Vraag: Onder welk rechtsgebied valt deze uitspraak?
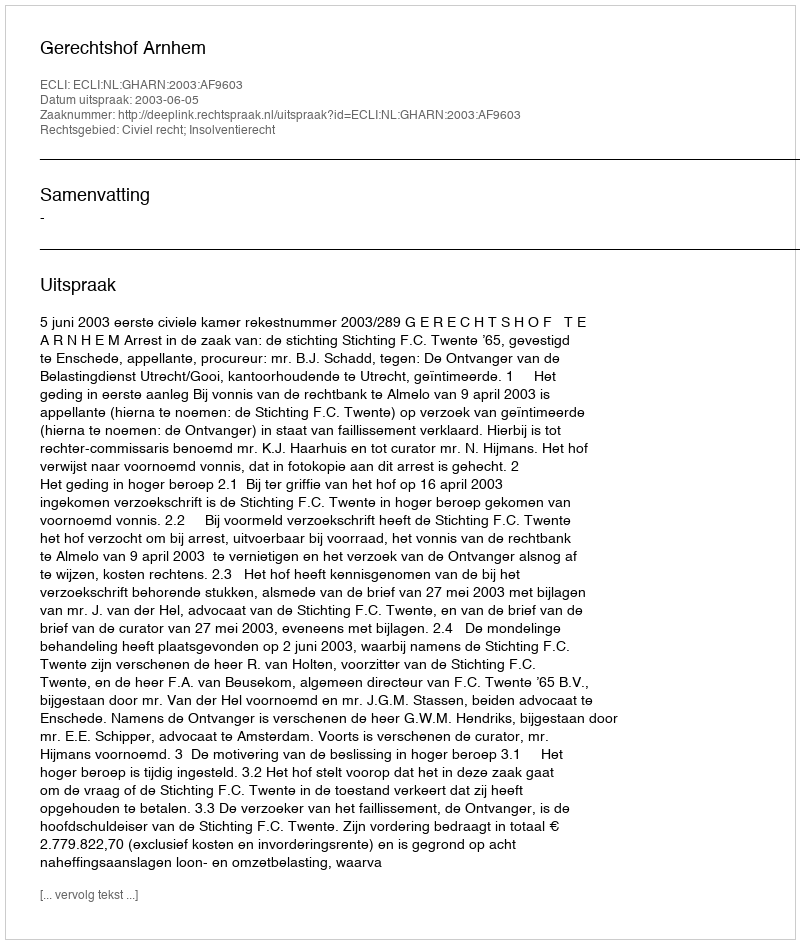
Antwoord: Civiel recht; Insolventierecht